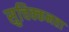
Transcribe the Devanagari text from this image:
सुचिक्कनता